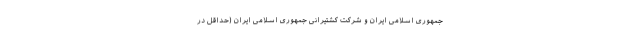
جمهوری اسلامی ایران و شرکت کشتیرانی جمهوری اسلامی ایران (حداقل در